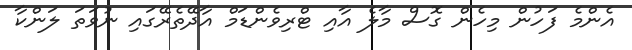
އެންމެ ފަހުން މިހެން ގޮސް މާލެ އާއި ޓްރިވެންޑަމް އާދޭތެރޭގައި ނުވަތަ ލަންކާ